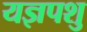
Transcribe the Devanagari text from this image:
यज्ञपशु